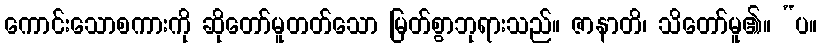
ကောင်းသောစကားကို ဆိုတော်မူတတ်သော မြတ်စွာဘုရားသည်။ ဇာနာတိ၊ သိတော်မူ၏။ “ပ။